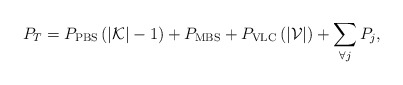
\begin{align*}P_T=P_{\rm PBS} \left( \left|{\mathcal{K}}\right| - 1\right) +P_{\rm MBS} + P_{\rm VLC}\left( \left|{\mathcal{V}}\right| \right) +\sum\limits_{\forall j} P_j,\end{align*}